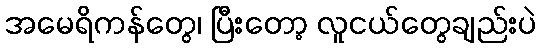
အမေရိကန်တွေ၊ ပြီးတော့ လူငယ်တွေချည်းပဲ